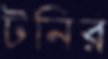
টনির